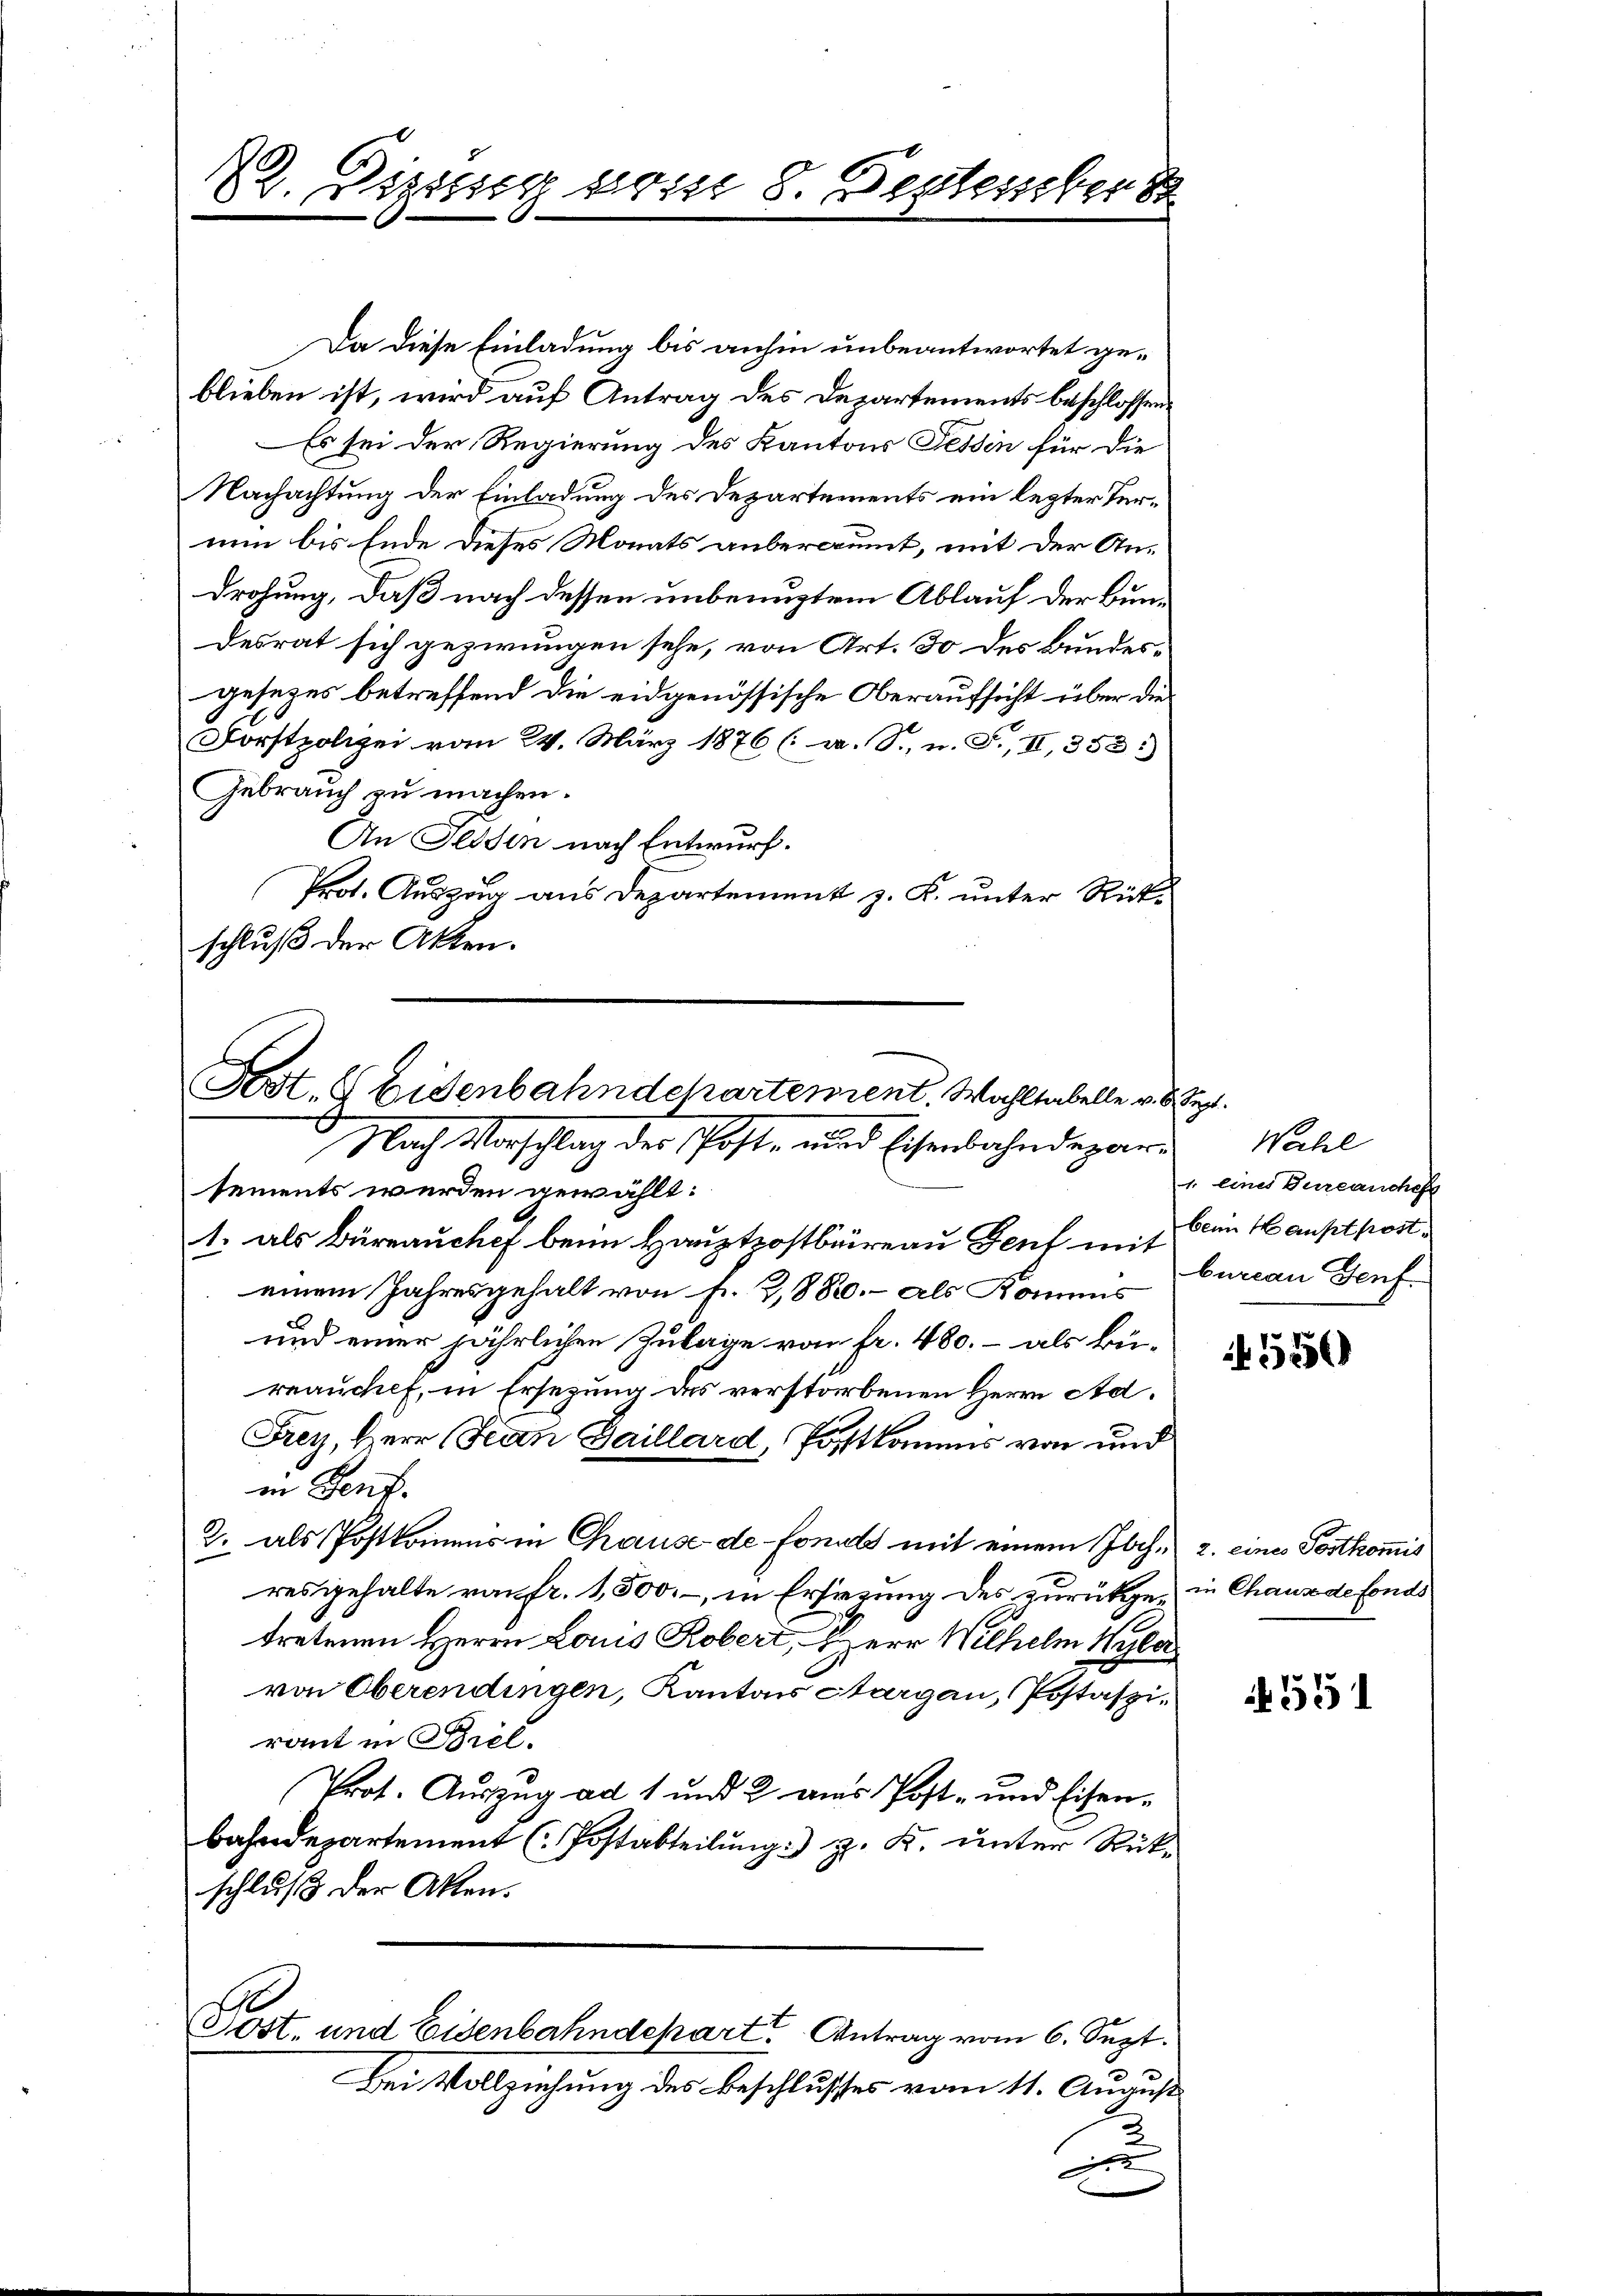
22. Diesig vom 8. Bestessebens

Da diese Einladung bis anhin unbeantwortet geblieben ist, wird auf Antrag des Departements beschlossen:
Es sei der Regierung des Kantons Tessin für die
Nachachtung der Einladung des Departements ein lezter Ternun bis Ende dieses Monats anberaumt, mit der Androhung, daß nach dessen unbenugtem Ablauf der Bundesrat sich gezwungen sehe, von Art. 30 des Bundesgesezes betreffend die eidgenössische Oberaufsicht über die
Forstpolizei vom 24. März 1876 (a. S., n. F. II, 353.
Gebrauch zu machen.
An Elden nach Entwurf.
Prot. Auszug aus Departement z. K. unter Rükschluß der Akten.

Fest. Eisenbahndepartement. Wahltabelle v. 8. Sept.

Post, und Eisenbahndepart Antrag vom 6. Sept.

Bei Vollziehung des Beschlusses vom 11. August

Nach Vorschlag der Post, und Eisenbahndepari
sements werden gewählt:
1. als Büreauchef beim Hauptpostbüreau Genf mit
einem Jahresgehalt von fr. 288. - als Kommis
und einer jährlichen Zulage von fr. 480. - als Bürrauchef, in Ersezung des verstorbenen Herrn Ad.
Frey, Herr Fran Gaillard, Postkommes von und
in Genf.
2. als Postkomens in Chause de-Fonuls mit einem Joch. 2. eines Postkommis
resgehalte von fr. 1,500.-, in Ersezung des zurückgen in Chaus de fonds
tretenen Herrn Laus Robert, Herr Wilhelm Wyla
von Oberendingen, Kantons Aargau, Postasziraut in Biel.
Prot. Auszug ad 1 und 2 aus Post- und Eisenbahndepartement (Postabteilung) z. K. unter Rükschluß der Akten.

2

Wahl
1. eines Durcanchef
beim Hauptpost
bureau Genf.

550

551